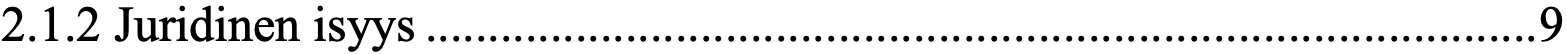
2.1.2 Juridinen isyys ......................................................................................... 9